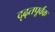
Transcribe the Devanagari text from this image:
दृढ़तपूर्वक